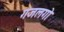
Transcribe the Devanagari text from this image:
गजलगो